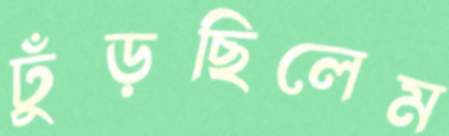
ঢুঁড়ছিলেম